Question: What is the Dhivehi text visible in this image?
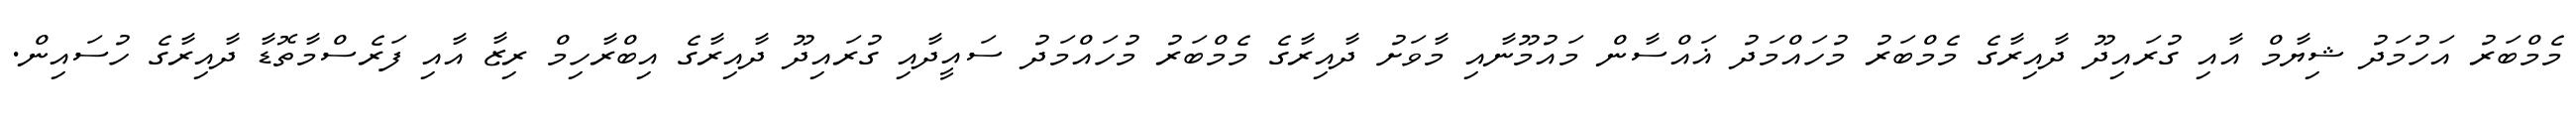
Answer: މެމްބަރު އަހުމަދު ޝިޔާމް އާއި ގުރައިދޫ ދާއިރާގެ މެމްބަރު މުހައްމަދު ޣައްސާން މައުމޫނާއި މާވަށު ދާއިރާގެ މެމްބަރު މުހައްމަދު ސައީދާއި ގުރައިދޫ ދާއިރާގެ އިބްރާހިމް ރިޒާ އާއި ފަރެސްމާތޮޑާ ދާއިރާގެ ހުސައިން.